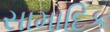
સામાદિક